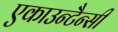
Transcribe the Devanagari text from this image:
एकाउन्टैन्सी